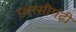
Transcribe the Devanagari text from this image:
छत्तसीगढ़ी